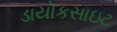
ડાયોકસાઇટ